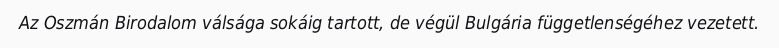
Az Oszmán Birodalom válsága sokáig tartott, de végül Bulgária függetlenségéhez vezetett.